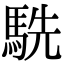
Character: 駪